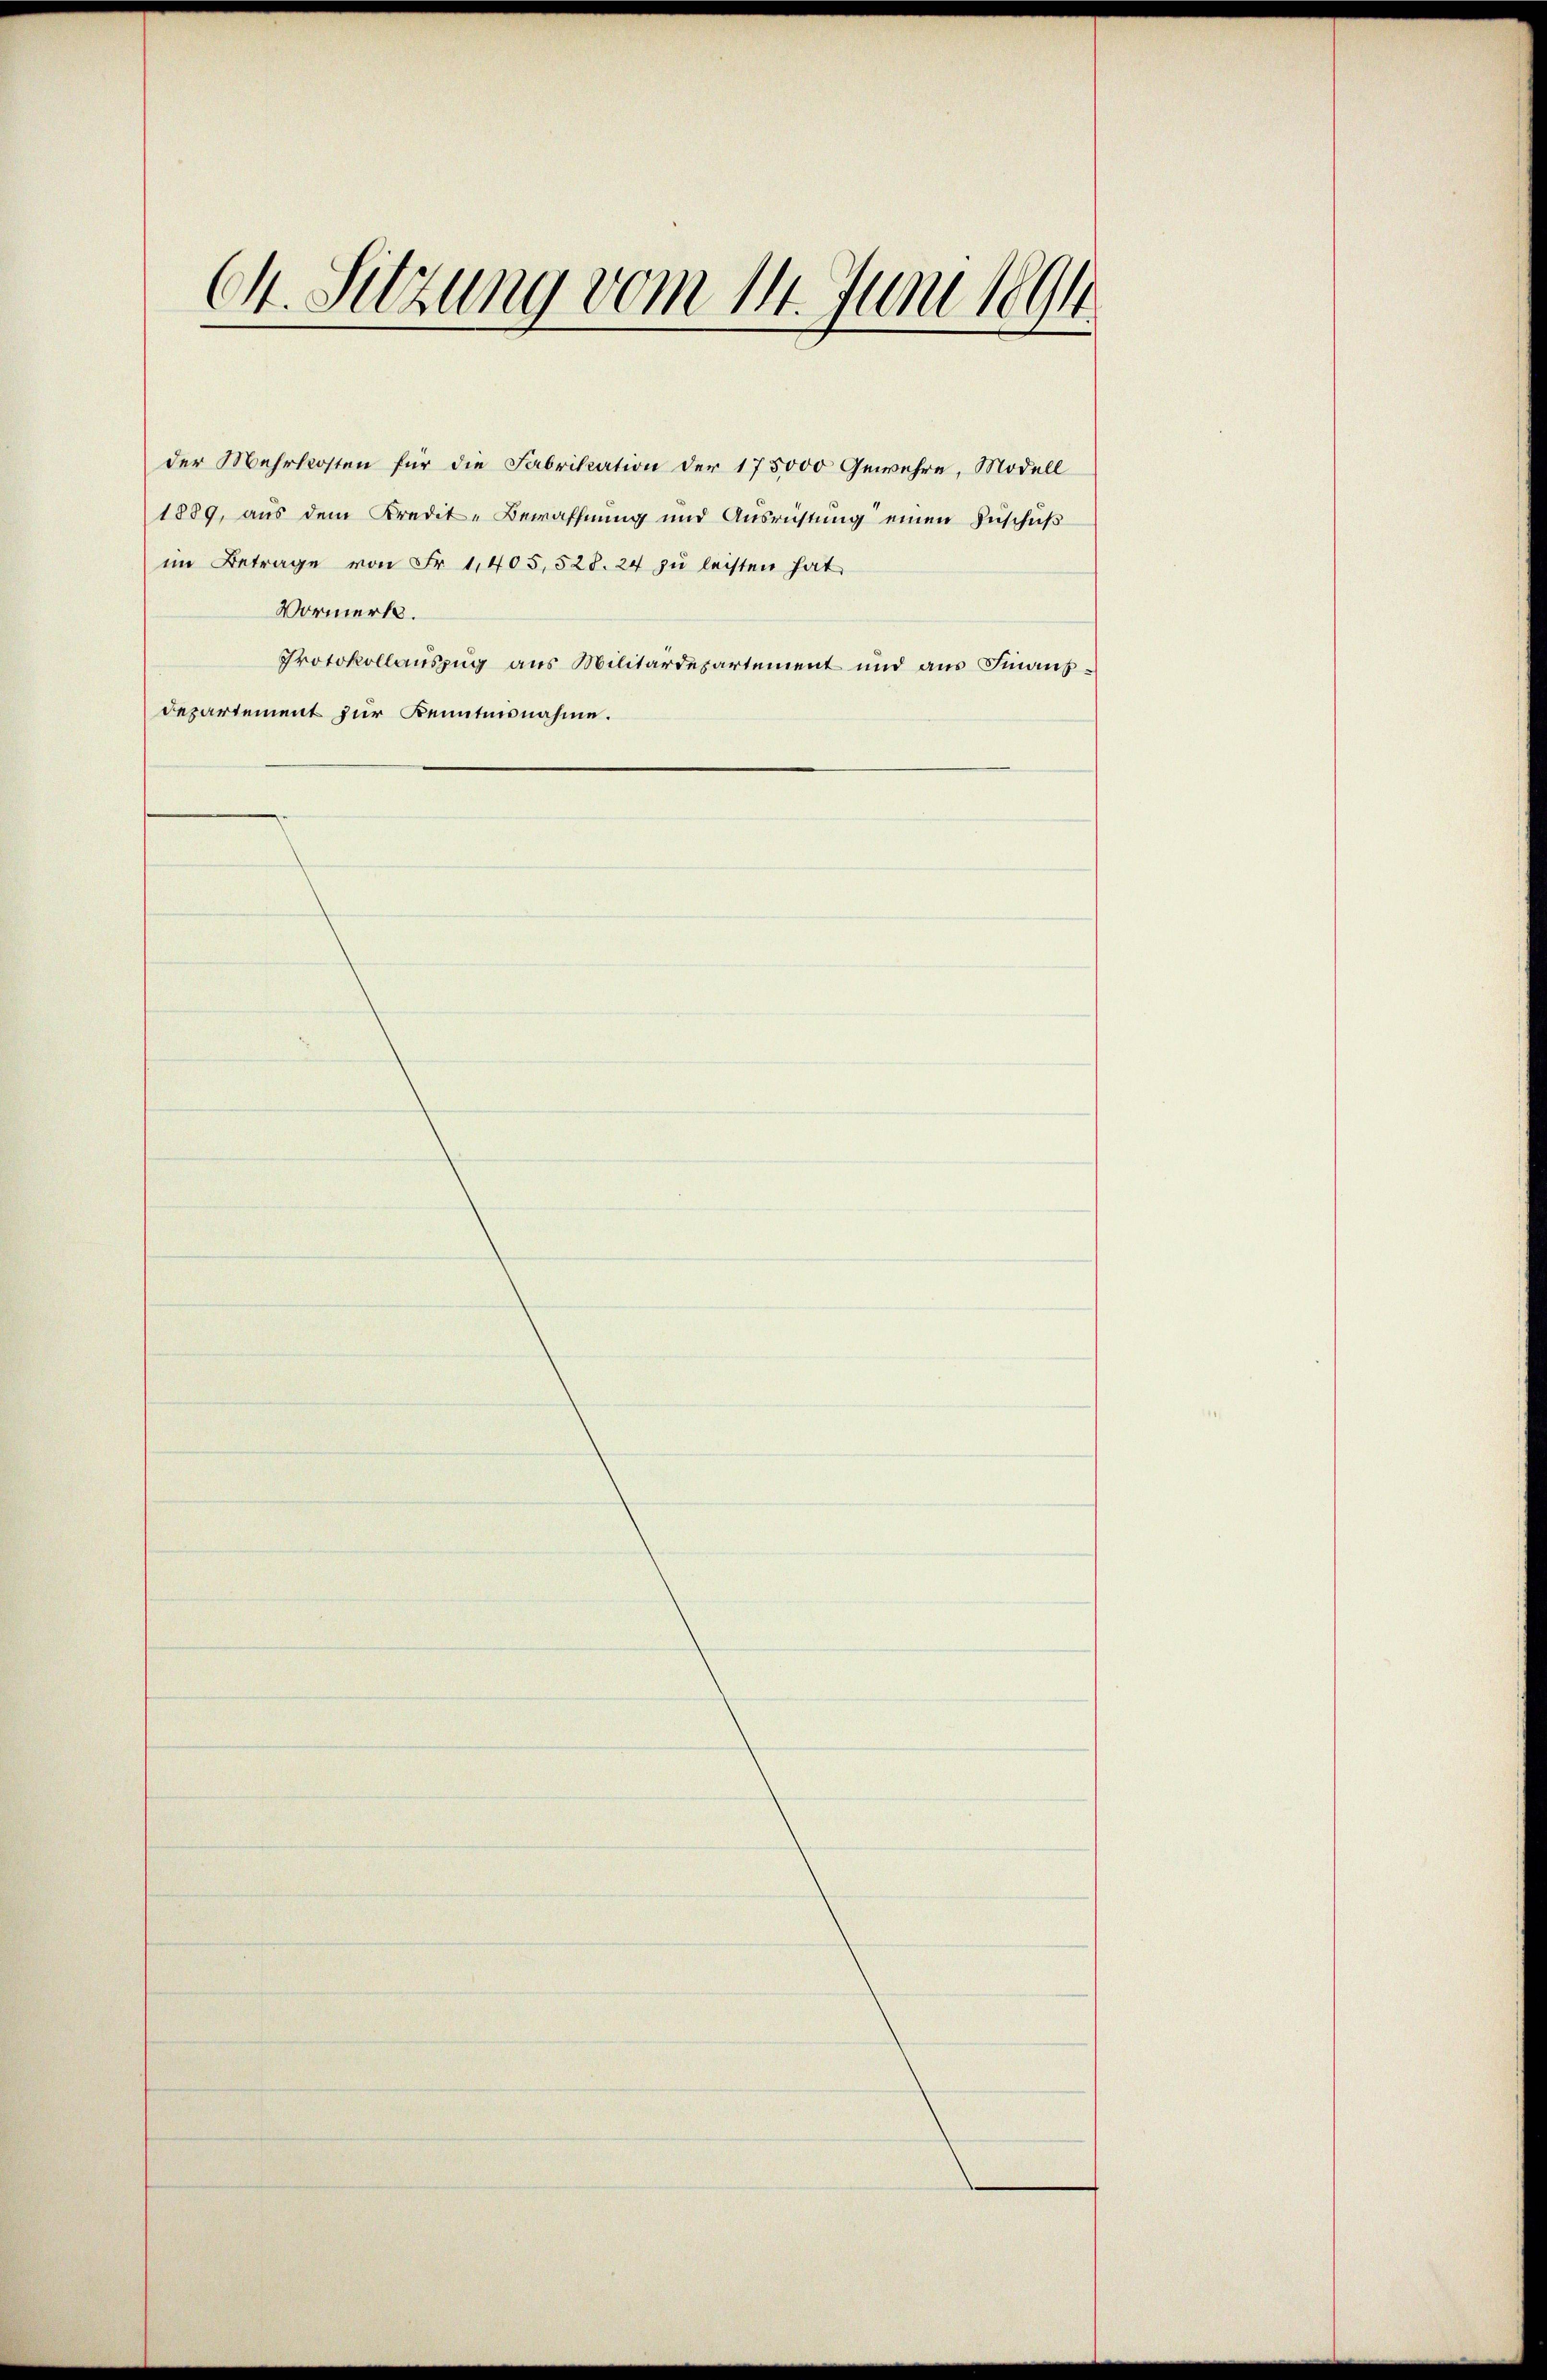
C. Sitzung vom 14. Juni 1891

der Mehrkosten für die Fabrikation der 175000 Gewehre, Modell
1889, aus dem Kredit-Bewaffnung und Ausrüstung einen Zuschuß
im Betrage von Fr. 1,405, 528. 24 zu leisten hat,
Vormerk.
Departement zur Kenntnisnahme.

Protokollauszug aus Militärdepartement und aus Finanz¬